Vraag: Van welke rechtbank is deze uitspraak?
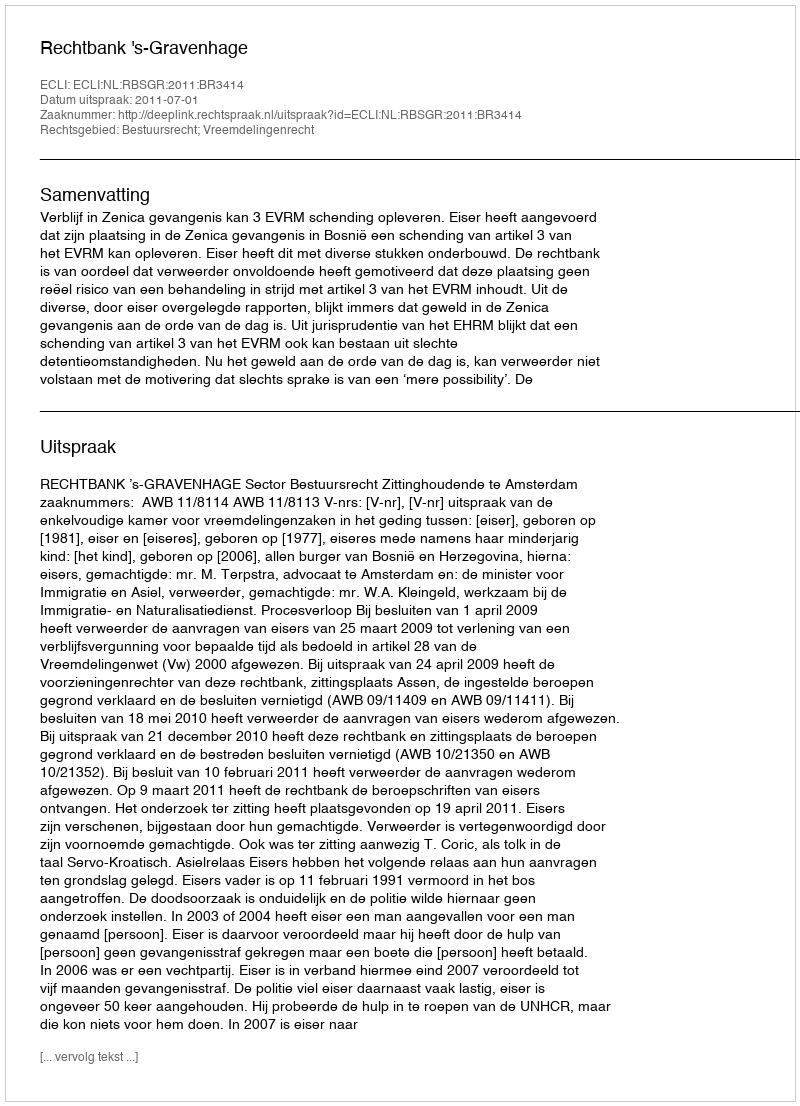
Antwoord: Rechtbank 's-Gravenhage